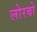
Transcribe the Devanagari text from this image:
लोरबो